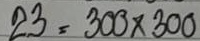
23 = 300x300